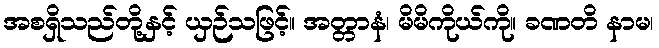
အစရှိသည်တို့နှင့် ယှဉ်သဖြင့်။ အတ္တာနံ၊ မိမိကိုယ်ကို။ ခဏတိ နာမ၊